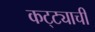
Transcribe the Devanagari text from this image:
कट्ट्याची